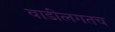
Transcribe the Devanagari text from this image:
वाडीलगतच